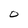
Character: O